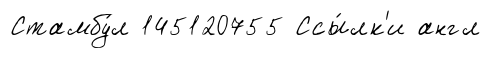
Стамбу́л 145120755 Ссы́лк'и англ